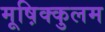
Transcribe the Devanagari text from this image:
मूष़िक्कुलम